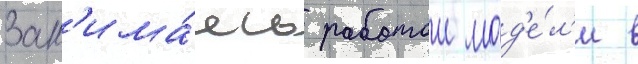
Зан'има́ясь работои мод'е́л'и в